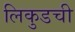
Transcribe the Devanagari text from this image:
लिकुडची